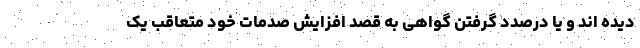
دیده اند و یا درصدد گرفتن گواهی به قصد افزایش صدمات خود متعاقب یک